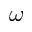
\omega